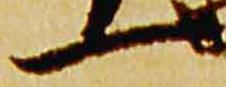
一